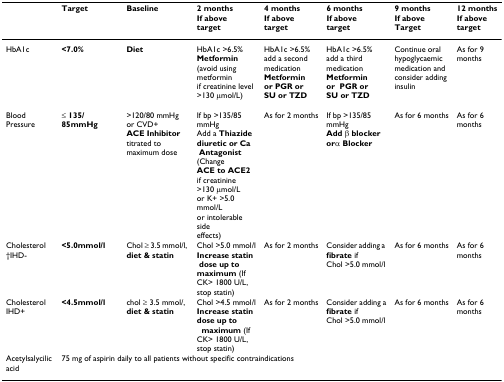
<table><thead><tr><td></td><td><b>Target</b></td><td><b>Baseline</b></td><td><b>2 monthsIf abovetarget</b></td><td><b>4 monthsIf above target</b></td><td><b>6 monthsIf above target</b></td><td><b>9 monthsIf aboveTarget</b></td><td><b>12 monthsIf above target</b></td></tr></thead><tbody><tr><td>HbA1c</td><td><b>&lt;7.0%</b></td><td><b>Diet</b></td><td>HbA1c &gt;6.5%<b>Metformin</b>(avoid using metforminif creatinine level&gt;130 μmol/L)</td><td>HbA1c &gt;6.5% add a second medication<b>Metformin </b><b>or PGR or </b><b>SU or TZD</b></td><td>HbA1c &gt;6.5% add a third medication<b>Metformin </b><b>orPGR or</b><b>SU or TZD</b></td><td>Continue oralhypoglycaemicmedication andconsider addinginsulin</td><td>As for 9 months</td></tr><tr><td>BloodPressure</td><td>≤ <b>135/85mmHg</b></td><td>&gt;120/80 mmHg or CVD+<b>ACE Inhibitor </b>titrated tomaximum dose</td><td>If bp &gt;135/85 mmHg Add a <b>Thiazide </b><b>diuretic or Ca</b><b> Antagonist</b> (Change<b>ACE to ACE2 </b>if creatinine &gt;130 μmol/Lor K+ &gt;5.0 mmol/Lor intolerable side effects)</td><td>As for 2 months</td><td>If bp &gt;135/85 mmHg<b>Add β blocker </b><b>or</b>α <b>Blocker</b></td><td>As for 6 months</td><td>As for 6 months</td></tr><tr><td>Cholesterol†IHD-</td><td><b>&lt;5.0mmol/l</b></td><td>Chol ≥ 3.5 mmol/l, <b>diet &amp; statin</b></td><td>Chol &gt;5.0 mmol/l<b>Increase statin</b><b> dose up to </b><b>maximum</b> (IfCK&gt; 1800 U/L,stop statin)</td><td>As for 2 months</td><td>Consider adding a <b>fibrate</b> ifChol &gt;5.0 mmol/l</td><td>As for 6 months</td><td>As for 6 months</td></tr><tr><td>CholesterolIHD+</td><td><b>&lt;4.5mmol/l</b></td><td>chol ≥ 3.5 mmol/,<b>diet &amp; statin</b></td><td>Chol &gt;4.5 mmol/l<b>Increase statin </b><b>dose up to</b><b>maximum</b> (If CK&gt; 1800 U/L, stop statin)</td><td>As for 2 months</td><td>Consider adding a<b>fibrate </b>if Chol &gt;5.0 mmol/l</td><td>As for 6 months</td><td>As for 6 months</td></tr><tr><td>Acetylsalycilic acid</td><td colspan="7">75 mg of aspirin daily to all patients without specific contraindications</td></tr></tbody></table>